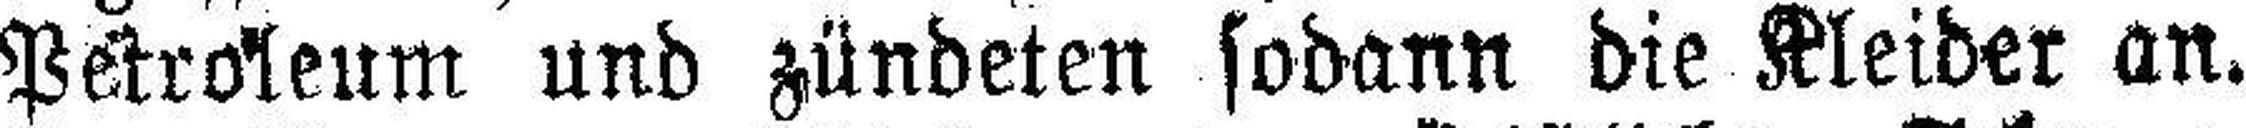
Petroleum und zündeten sodann die Kleider an.